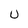
Character: U